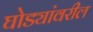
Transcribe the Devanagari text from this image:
घोड्यांवरील